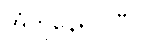
အံတုနေရပါပြီ။